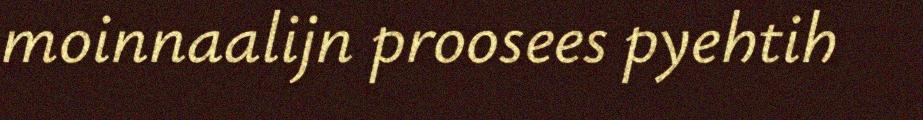
moinnaalijn proosees pyehtih